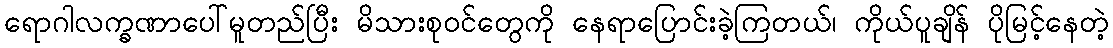
ရောဂါလက္ခဏာပေါ်မူတည်ပြီး မိသားစုဝင်တွေကို နေရာပြောင်းခဲ့ကြတယ်၊ ကိုယ်ပူချိန် ပိုမြင့်နေတဲ့